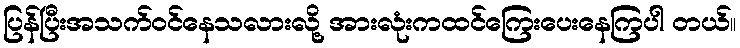
ပြန်ပြီးအသက်ဝင်နေသလားလို့ အားလုံးကထင်ကြေးပေးနေကြပါ တယ်။